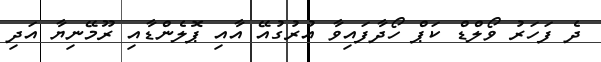
ދެ ފަހަރު ވޯލްޑް ކަޕް ހޯދާފައިވާ އުރުގުއޭ އާއި ޕޮލެންޑާއި ރޫމޭނިޔާ އަދި